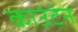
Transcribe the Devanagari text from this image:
काउंटेन